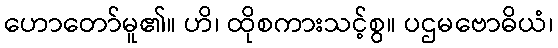
ဟောတော်မူ၏။ ဟိ၊ ထိုစကားသင့်စွ။ ပဌမဗောဓိယံ၊